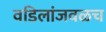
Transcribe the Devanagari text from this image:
वडिलांजवळच